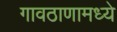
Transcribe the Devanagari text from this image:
गावठाणामध्ये